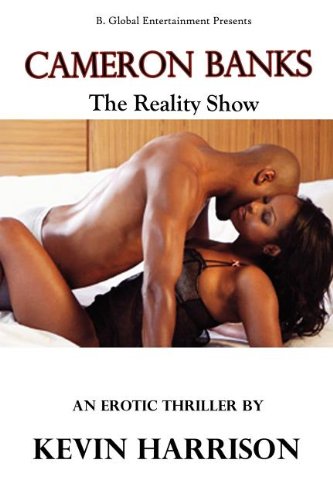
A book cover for Cameron Banks the Reality Show; Kevin Harrison; Romance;